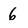
Character: 6